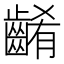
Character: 𪘱